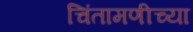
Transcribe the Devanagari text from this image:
चिंतामणीच्या